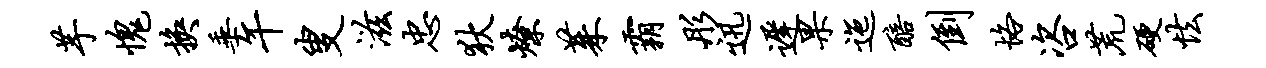
芋愧换垂午叟滋忠狄燎茱霸彤迅迟果迤醅倒恪咨荒硬怯